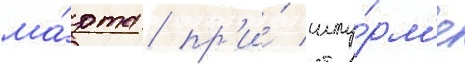
ма́рта / пр'и́ шту́рм'е